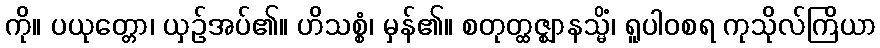
ကို။ ပယုတ္တော၊ ယှဉ်အပ်၏။ ဟိသစ္စံ၊ မှန်၏။ စတုတ္ထဇ္ဈာနသ္မိံ၊ ရူပါဝစရ ကုသိုလ်ကြိယာ